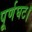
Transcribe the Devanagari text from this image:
पूर्णघट।